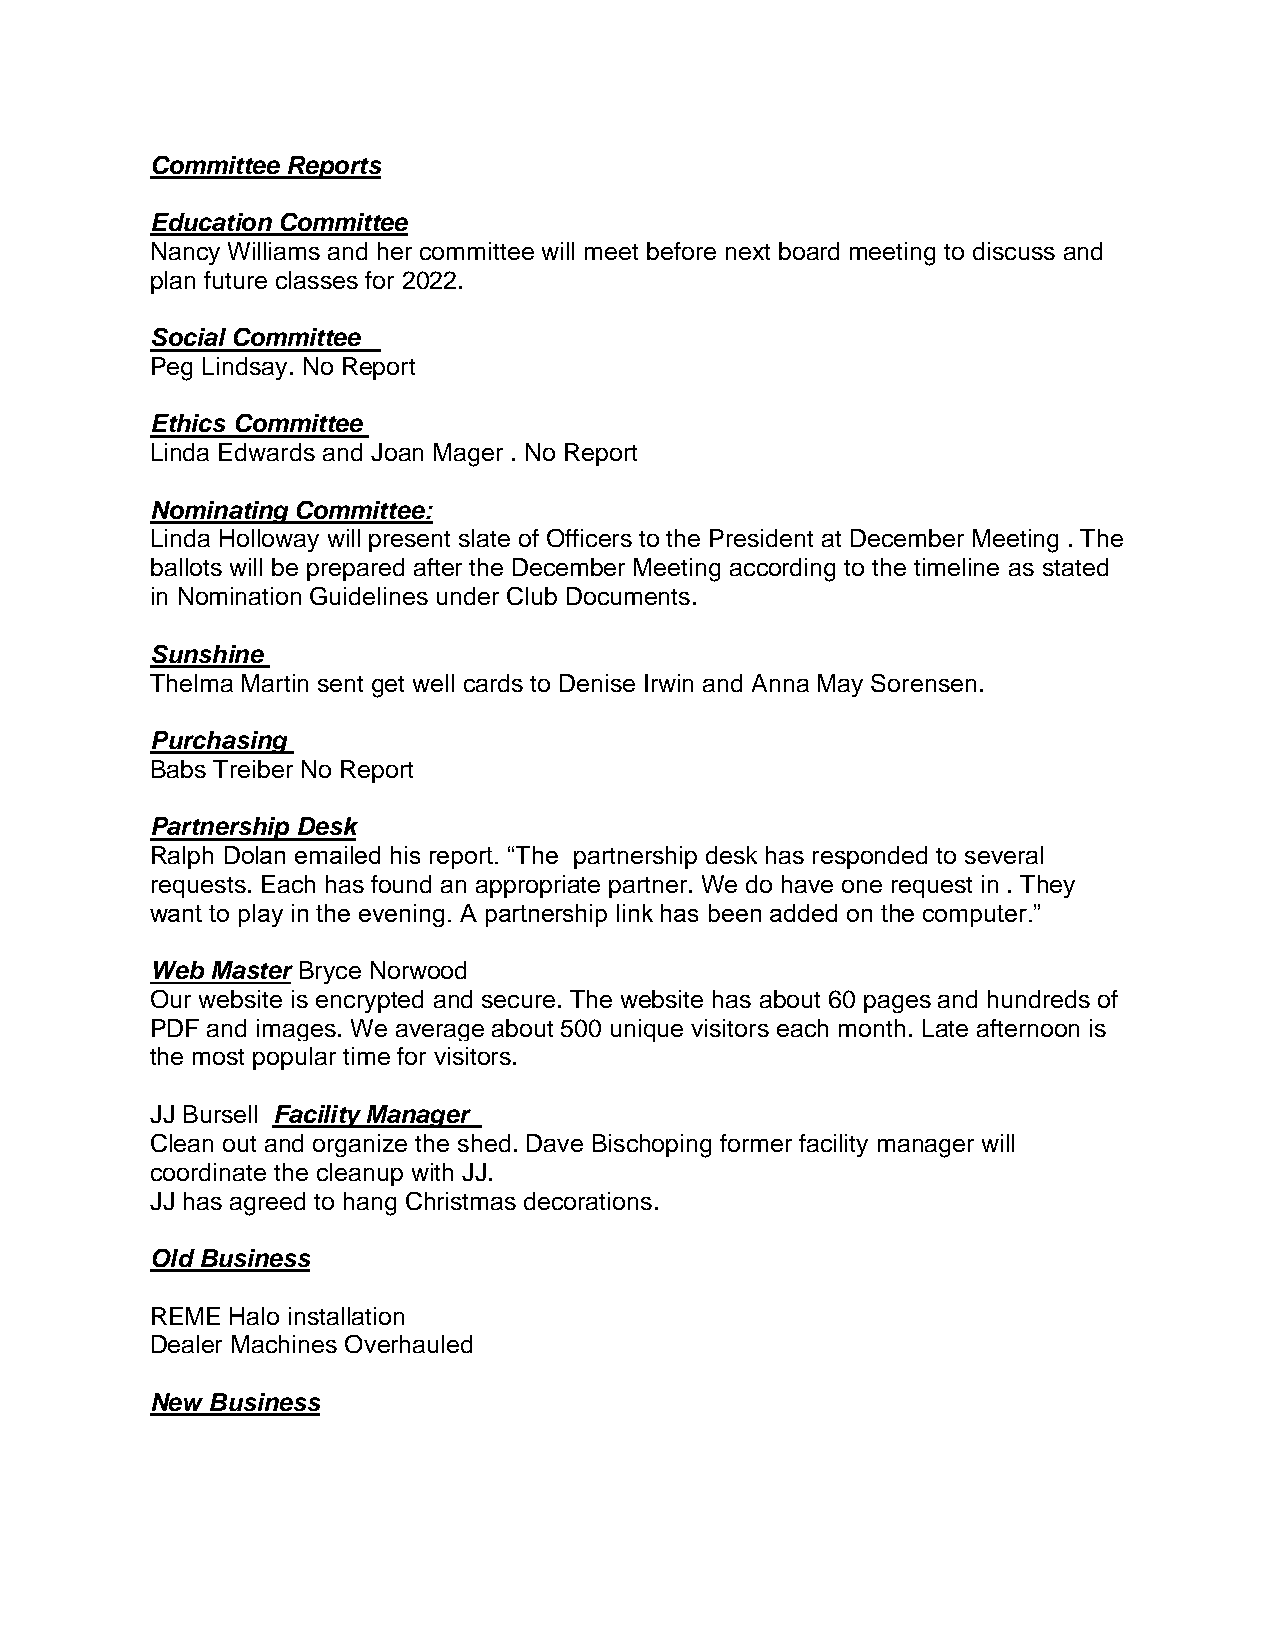
Committee Reports
 Education Committee
 Nancy Williams and her committee will meet before next board meeting to discuss and
 plan future classes for 2022.
 Social Committee
 Peg Lindsay. No Report
 Ethics Committee
 Linda Edwards and Joan Mager . No Report
 Nominating Committee:
 Linda Holloway will present slate of Officers to the President at December Meeting . The
 ballots will be prepared after the December Meeting according to the timeline as stated
 in Nomination Guidelines under Club Documents.
 Sunshine
 Thelma Martin sent get well cards to Denise Irwin and Anna May Sorensen.
 Purchasing
 Babs Treiber No Report
 Partnership Desk
 Ralph Dolan emailed his report. “The partnership desk has responded to several
 requests. Each has found an appropriate partner. We do have one request in . They
 want to play in the evening. A partnership link has been added on the computer.”
 Web Master Bryce Norwood
 Our website is encrypted and secure. The website has about 60 pages and hundreds of
 PDF and images. We average about 500 unique visitors each month. Late afternoon is
 the most popular time for visitors.
 JJ Bursell Facility Manager
 Clean out and organize the shed. Dave Bischoping former facility manager will
 coordinate the cleanup with JJ.
 JJ has agreed to hang Christmas decorations.
 Old Business
 REME Halo installation
 Dealer Machines Overhauled
 New Business